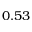
0 . 5 3